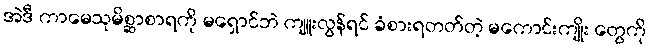
အဲဒီ ကာမေသုမိစ္ဆာစာရကို မရှောင်ဘဲ ကျူးလွန်ရင် ခံစားရတတ်တဲ့ မကောင်းကျိုး တွေကို